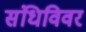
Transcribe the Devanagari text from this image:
संधिविवर